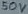
Text: 50V